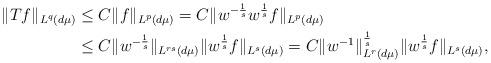
LaTeX: \begin{align*}\|Tf\|_{L^q(d\mu)}&\le C\|f\|_{L^p(d\mu)} = C\|w^{-\frac{1}{s}}w^{\frac{1}{s}}f\|_{L^p(d\mu)}\\&\le C\|w^{-\frac{1}{s}}\|_{L^{rs}(d\mu)}\|w^{\frac{1}{s}} f\|_{L^s(d\mu)}=C\|w^{-1}\|_{{L^r(d\mu)}}^{\frac{1}{s}}\|w^{\frac{1}{s}} f\|_{L^s(d\mu)},\end{align*}